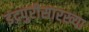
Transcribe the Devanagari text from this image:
इंद्रपुरीसारख्या